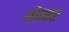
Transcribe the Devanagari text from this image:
शेनर